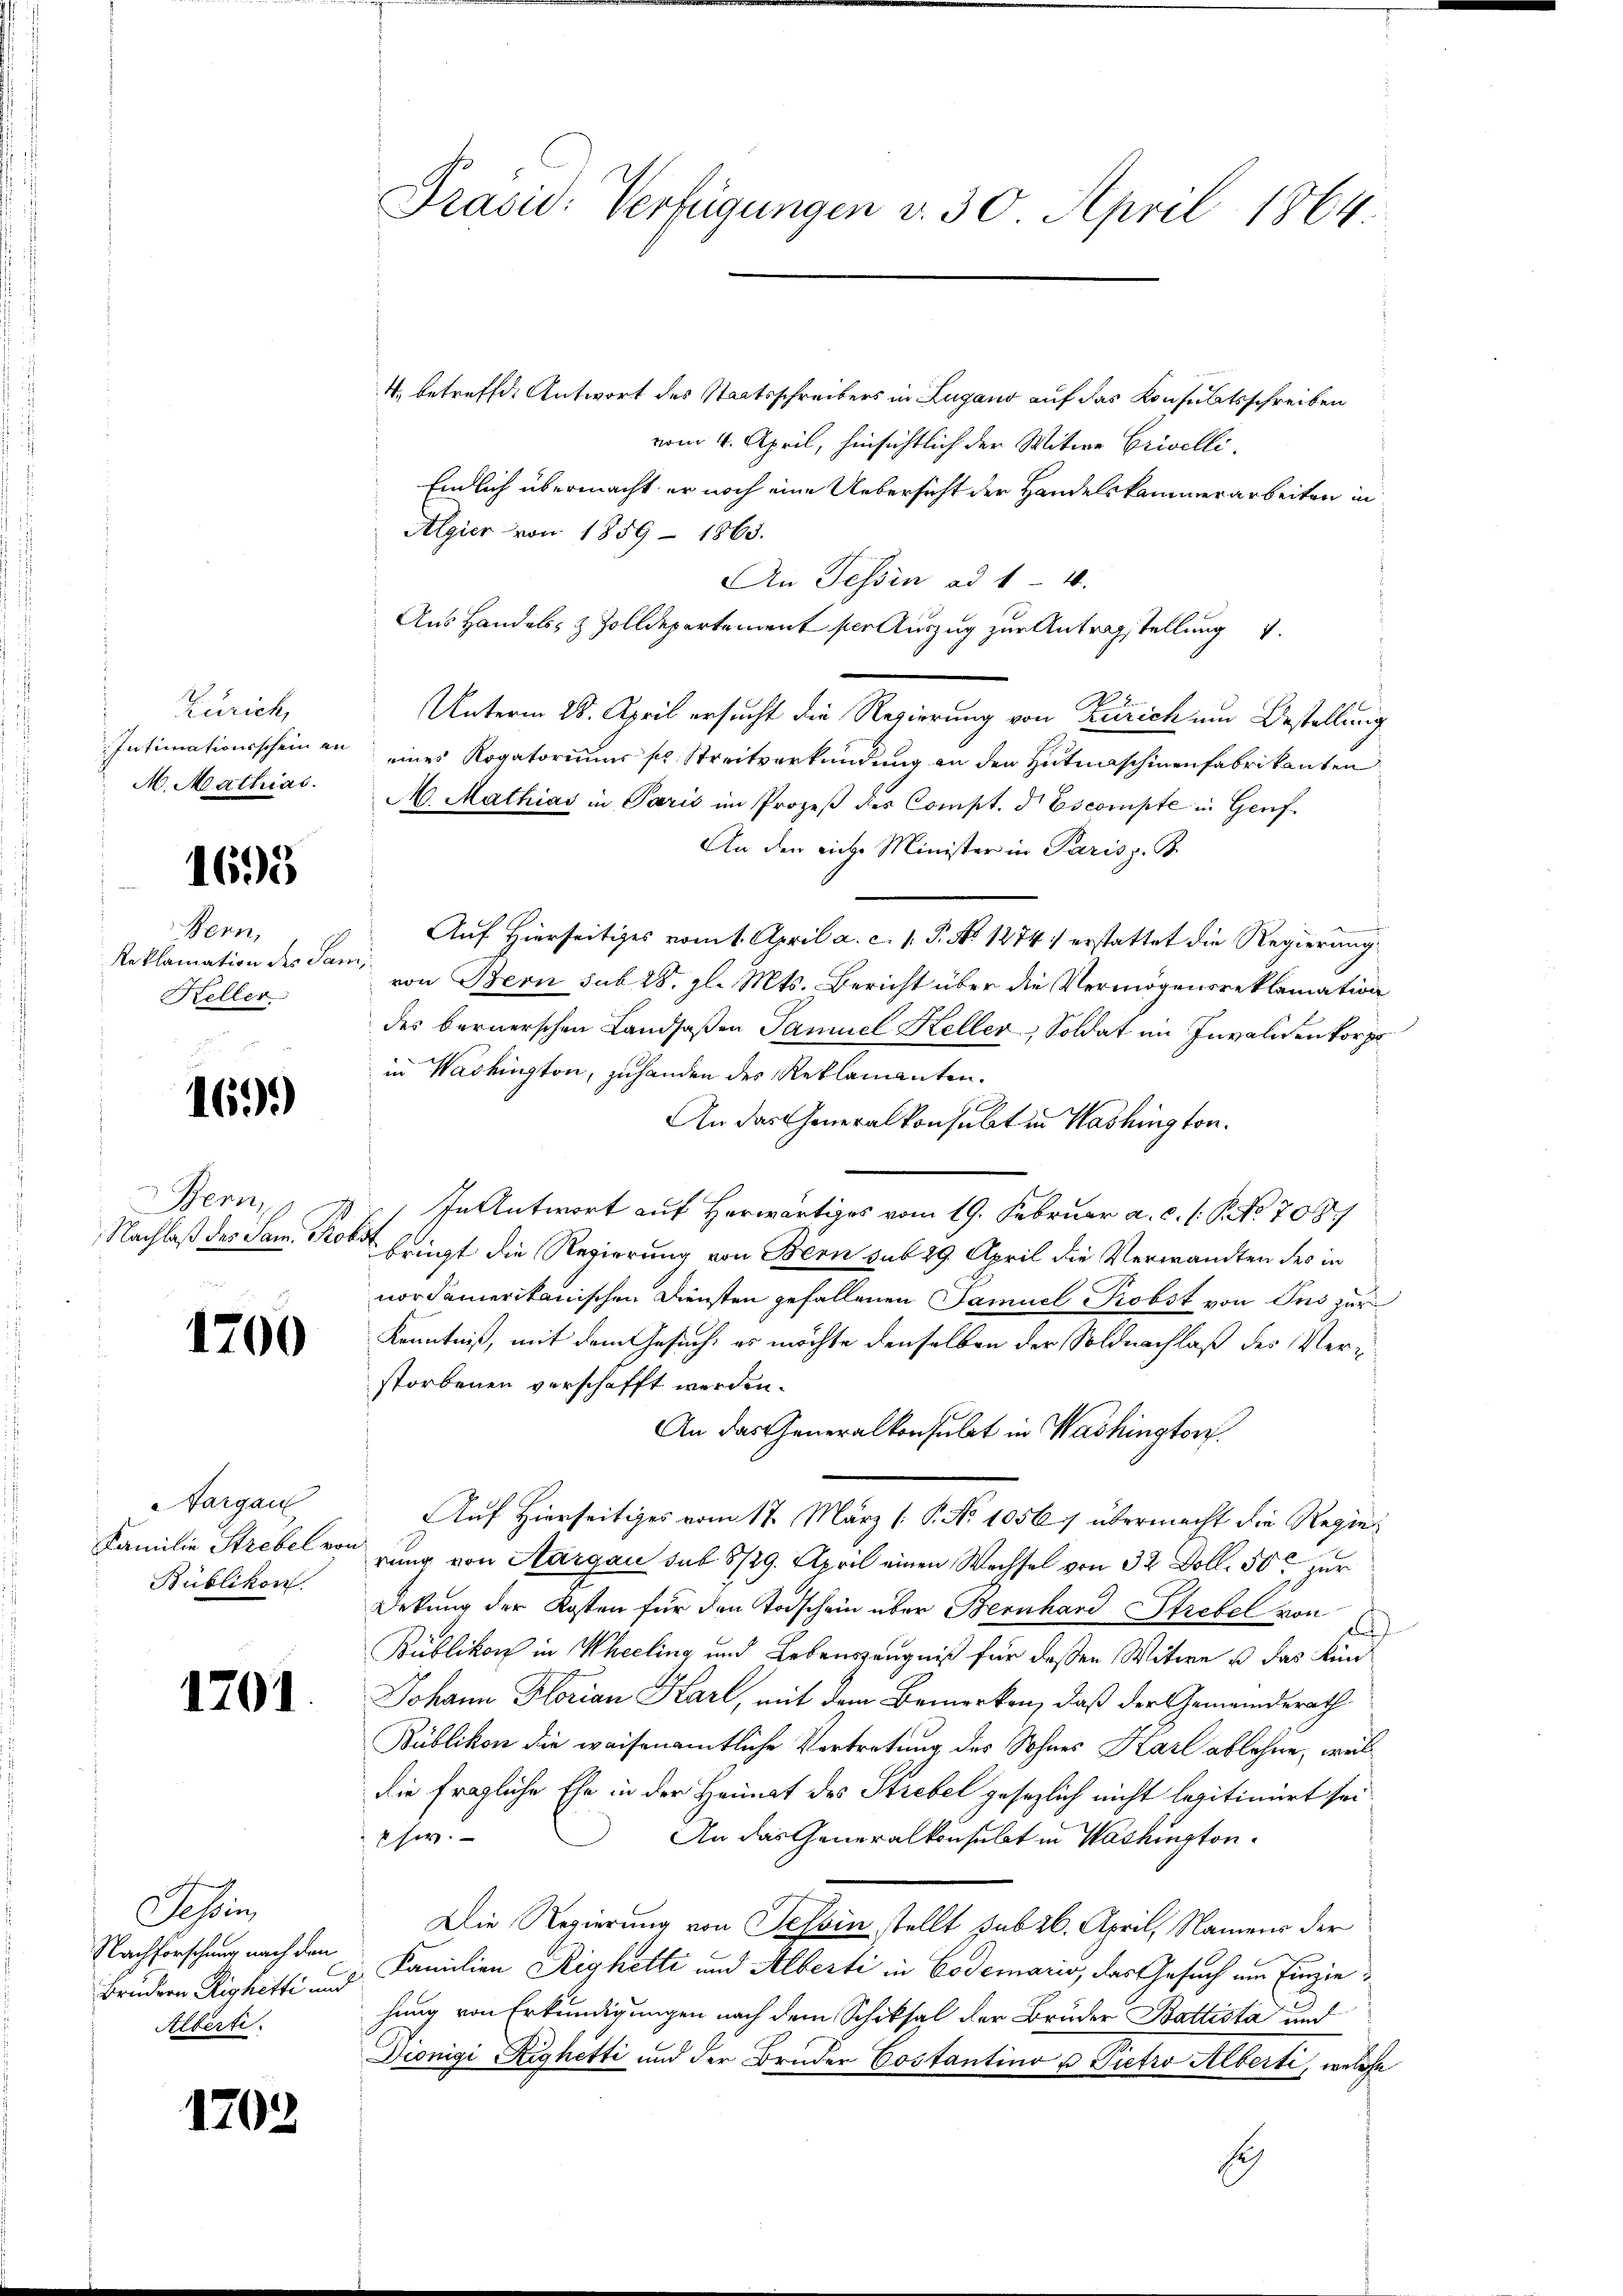
Zürich,
Intimationsschein an
M. Mathias.

1695

Bern,
Reklamation des San
Keller

1699)

Bern
Nachlaß des Sam. Prof.

1700

Nargau
Familie Strebel vo
Bublikon.

1201

Tessin,
Nachforschung nach den
Brüdern Richetti und
Alberti

1702

Präsid. Verfügungen v. 30. April 1864.

4. betreffe. Antwort des Staatsschreibers in Lugano auf das Konsulatsschreiben
vom 4. April, hinsichtlich der Witwe Crivelli,
Einlich übermacht er noch eine Uebersicht der Handelskammerarbeiten in
Algier von 1859 - 1863.
An Tessin ad 1 4.
Aus Handels- & Zolldepartement per Auszug zur Antragstellung
Unterm 28. April ersucht die Regierung von Zürich um Bestellung
eines Rogatoriums se Streitverkündung an den Hutmaschinenfabrikanten
M. Mathias in Paris im Prozeβ des Compt. d Escompte in Genf
An den siche Minister in Pariss. B.
Auf Hierseitiges vom 1. April a. c. s. P. No 1274 erstattet die Regierung
von Bern sub 28. gl. Mts. Bericht über die Vermögensreklamation
des bernerschen Landsaßen Samuel Keller-Soldat im Invaliden Vorpr
in Washington, zuhanden des Reklamanten.
An das Generalkonsulat in Washington.
In Antwort auf Herwärtiges vom 19. Februar a. c. s. S. No 70
bringt die Regierung von Bern sub 29. April die Verwandten des in
nordamerikanischen Diensten gefallenen Samuel Probst von Ins zur
Kenntniß, mit dem Gesuch, es möchte denselben der Soldnachlaß des Verstorbenen verschafft werden.
An das Generalkonsulat in Washington
Auf Hierseitiges vom 17. März [ P. No 1056. übermacht die Regierung von Aargau sub 8729. April einen Wechsel von 32 Doll. 50 zur
Dekung der Kosten für den Todschein über Bernhard Strebel von
d
Bublikon in Wheeling und Lebenszeugniß für deßen Witwe u das Kin¬
Johann Florian Karl, mit dem Bemerken, daß der Gemeindsrath
Bublikon die weisenamtliche Vertretung des Sohnes Karl ablehne, weldie fragliche Ehe in der Heimat des Strebel gesezlich nicht legitimirt sei
An das Generalkonsulat in Washington.
her.
Die Regierung von Tessin stellt sub 26. April, Namens der
Familien Righetti und Alberti in Codemario, das Gesuch um Einzie
hung von Erkundigungen nach dem Schiksal der Brüder Battista und
Diönigi Righetti und der Bruder Costantino u Pietro Alberti, welche
Ech